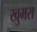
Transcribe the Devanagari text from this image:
खुमरा